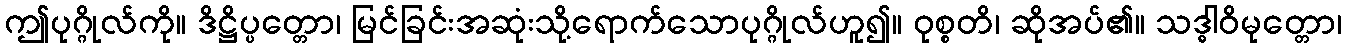
ဤပုဂ္ဂိုလ်ကို။ ဒိဋ္ဌိပ္ပတ္တော၊ မြင်ခြင်းအဆုံးသို့ရောက်သောပုဂ္ဂိုလ်ဟူ၍။ ဝုစ္စတိ၊ ဆိုအပ်၏။ သဒ္ဓါဝိမုတ္တော၊